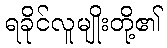
ရခိုင်လူမျိုးတို့၏